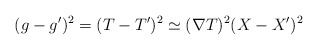
\begin{align*}(g-g')^2=(T-T')^2 \simeq (\nabla T)^2 (X-X')^2\end{align*}